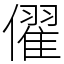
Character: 㒛